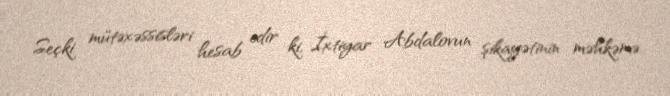
Seçki mütəxəssisləri hesab edir ki, İxtiyar Abdalovun şikayətinin məhkəmə